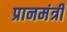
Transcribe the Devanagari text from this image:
प्रानमंत्री